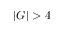
| G | > 4